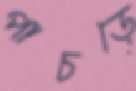
পাচড়ে